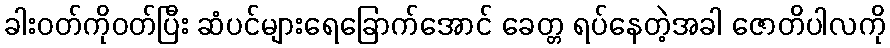
ခါးဝတ်ကိုဝတ်ပြီး ဆံပင်များရေခြောက်အောင် ခေတ္တ ရပ်နေတဲ့အခါ ဇောတိပါလကို